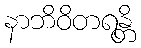
နာဘိဝိတရန္တိ